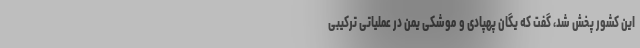
این کشور پخش شد، گفت که یگان پهپادی و موشکی یمن در عملیاتی ترکیبی